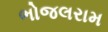
ભોજલરામ